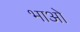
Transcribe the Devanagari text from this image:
भाओ